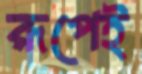
রূপেই